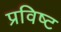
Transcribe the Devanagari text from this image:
प्रविष्‍ट